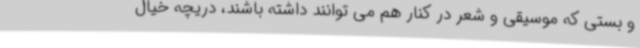
و بستی که موسیقی و شعر در کنار هم می توانند داشته باشند، دریچه خیال